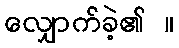
လျှောက်ခဲ့၏ ။